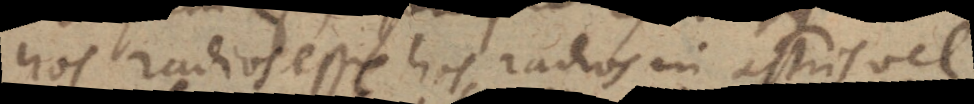
hos radios esse hos radios in astris vel